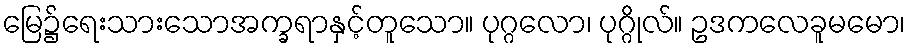
မြေ၌ရေးသားသောအက္ခရာနှင့်တူသော။ ပုဂ္ဂလော၊ ပုဂ္ဂိုလ်။ ဥဒကလေခူမမော၊